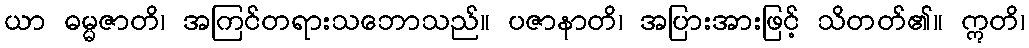
ယာ ဓမ္မဇာတိ၊ အကြင်တရားသဘောသည်။ ပဇာနာတိ၊ အပြားအားဖြင့် သိတတ်၏။ ဣတိ၊